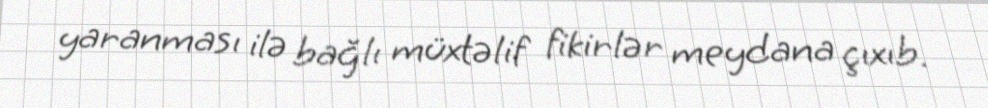
yaranması ilə bağlı müxtəlif fikirlər meydana çıxıb.